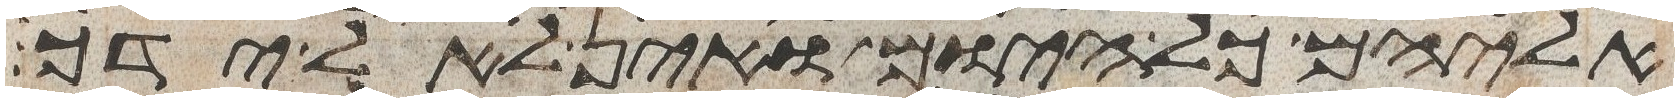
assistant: אליהם כל היום ואין לאל ידך